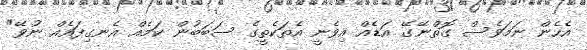
އެހެން ނަމަވެސް ގޮތްނޭގޭ އަޑެއް އިވެނީ އެތަކެތީގެ ސަބަބުން ކަމެއް އެނގިފައެއް ނުވޭ"